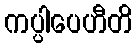
ကပ္ပါပေဟီတိ